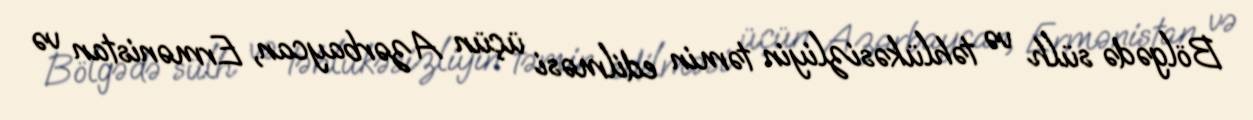
Bölgədə sülh və təhlükəsizliyin təmin edilməsi üçün Azərbaycan, Ermənistan və